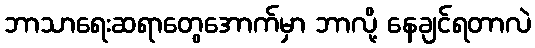
ဘာသာရေးဆရာတွေအောက်မှာ ဘာလို့ နေချင်ရတာလဲ